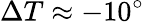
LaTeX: \Delta T\approx-10^{\circ}